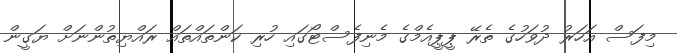
މިފަސް އަހަރު ދުވަހުގެ ތެރޭ ޕީޕީއެމްގެ މެނިފެސްޓޯގައި ހުރި ކަންތައްތައް ރައްޔިތުންނަށް ޔަގީން